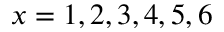
x = 1 , 2 , 3 , 4 , 5 , 6